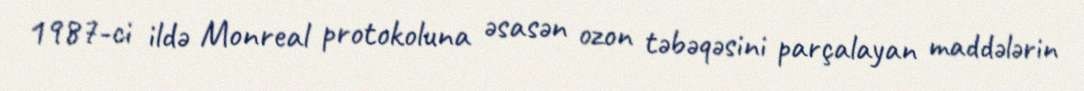
1987-ci ildə Monreal protokoluna əsasən ozon təbəqəsini parçalayan maddələrin